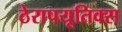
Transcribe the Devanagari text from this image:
ठेरापयूतिक्स